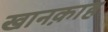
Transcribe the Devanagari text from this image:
खानक़ाह